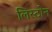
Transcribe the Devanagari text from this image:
लिस्टोन